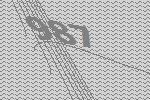
987